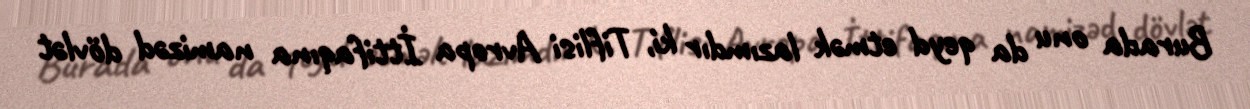
Burada onu da qeyd etmək lazımdır ki, Tiflisi Avropa İttifaqına namizəd dövlət